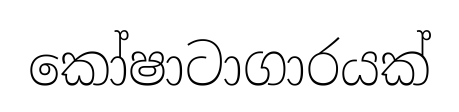
කෝෂාටාගාරයක්